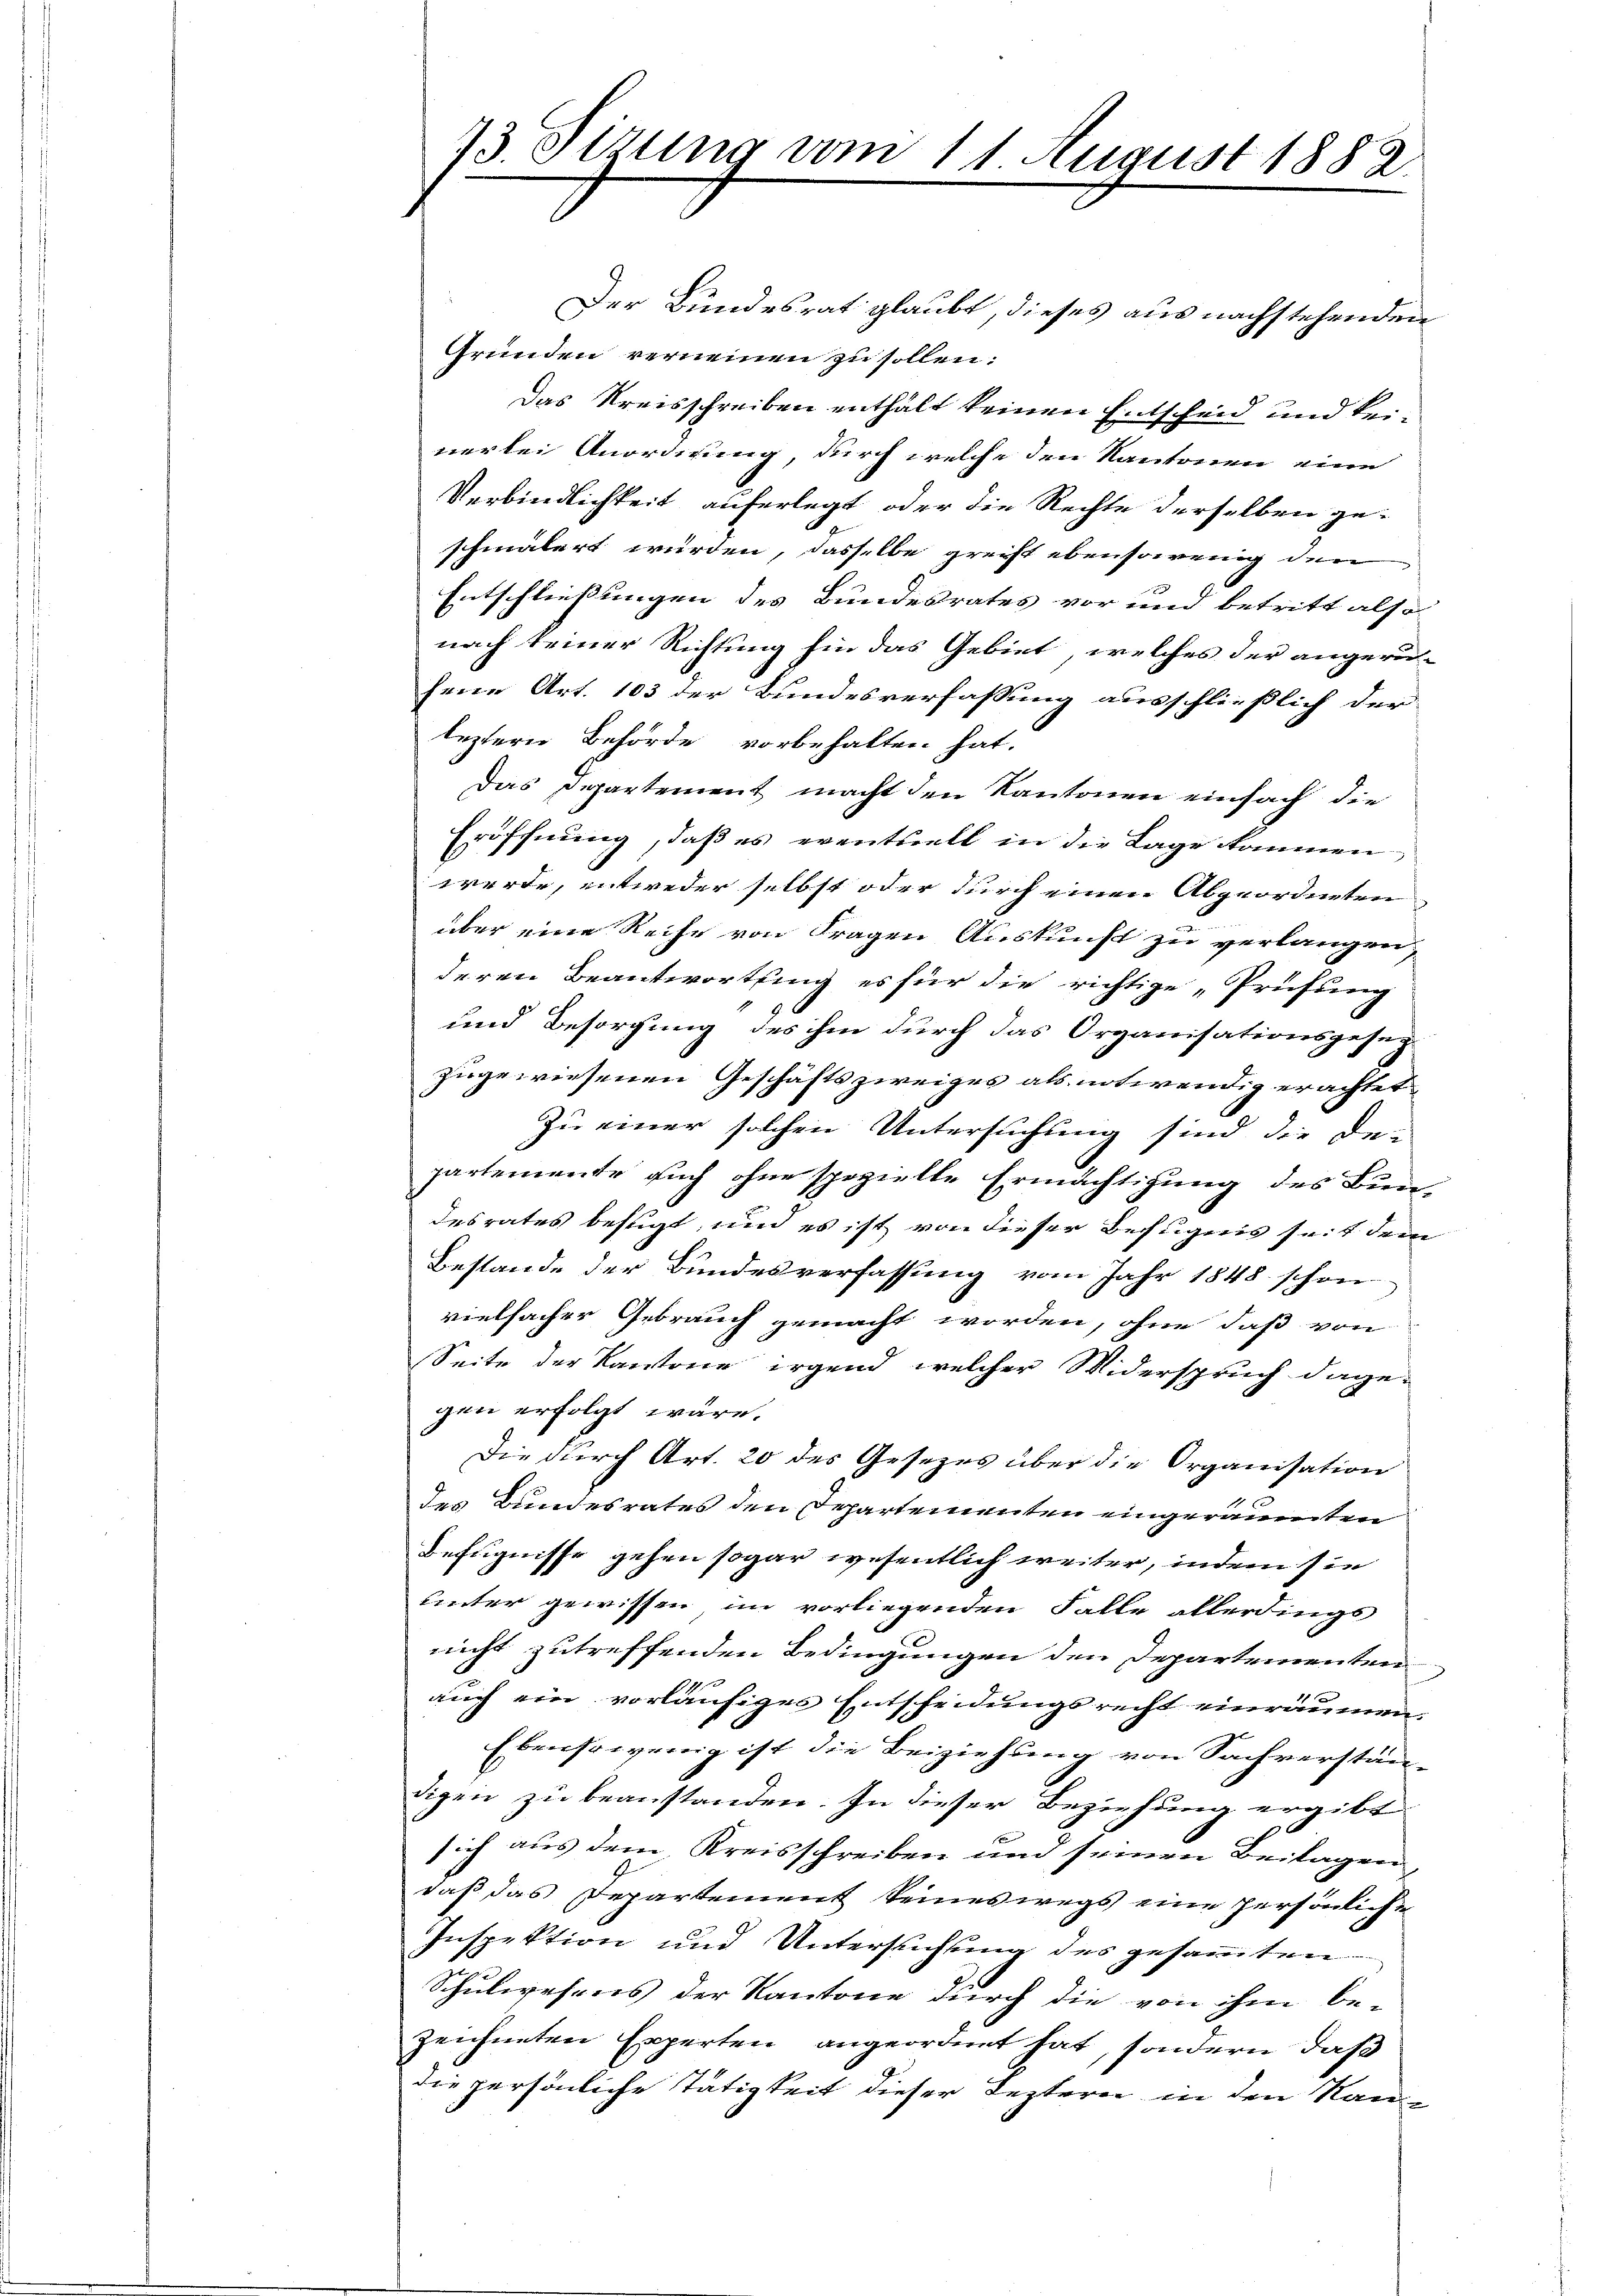
73. Sirung vom 11. August 1882.

Der Bundesrat glaubt, dieses aus nachstehenden
Gründen verneinen zu sollen:
Das Kreisschreiben enthält keinen Entscheid und keinerlei Anordnung, durch welche den Kantonen eine
Verbindlichkeit auferlegt, oder die Rechte derselben ge-
schmälert wurden, dasselbe greift ebensowenig den
Entschließungen des Bundesrates vor und betritt also
nach keiner Richtung hin das Gebiet, welches der angeru-
fene Art. 103 der Bundesverfassung ausschließlich der
leztern Behörde vorbehalten hat.
Das Departement macht den Kantonen einfach die
Eröffnung, daß es eventuell in die Lage kommen
werde, entweder selbst oder durch einen Abgeordneten
über eine Reihe von Fragen Auskunft zu verlangen,
deren Beantwortung es für die richtige „Prüfung
und Besorgung des ihm durch das Organisationsgesuch
zugewiesenen Geschäftszweiges als notwendig erachtet
Zu einer solchen Untersuchung sind die De-
partemente auch ohne spezielte Ermächtigung des Bun-
desrates befugt, und es ist von dieser Befugnis seit dem
Bestande der Bundesverfassung vom Jahr 1848 schon
vielfacher Gebrauch gemacht worden, ohne daß von
Seite der Kantone irgend welcher Widerspruch dage-
gen erfolgt wäre.
Die durch Art. 20 des Gesezes über die Organisation
des Bundesrates den Departementen eingeräumten
Befugnisse gehen sogar wesentlich weiter, indem sie
unter gewissen im vorliegenden Falle allerdings
nicht zutreffenden Bedingungen den Departementen
auch ein vorläufiges Entscheidungsrecht einräumen.
Ebensowenig ist die Beiziehung von Sachverstän-
digen zu beanstanden. In dieser Beziehung ergibt
x
sich aus dem Kreisschreiben und seinen Beilagen
daß das Departement keineswegs eine persönliche
Inspektion und Untersuchung des gesammten
Schulwesens der Kantone durch die von ihm be-
zeichneten Experten angeordnet hat, sondern, daß
die persönliche Tätigkeit dieser Leztern in den Kan-